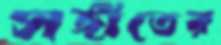
সঙ্গীতের